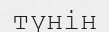
түнін